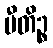
ပီတိဉ္စ